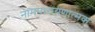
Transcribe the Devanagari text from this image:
नामपारायणात्मक